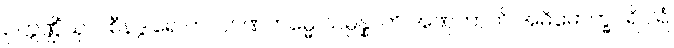
ဥက္ကဏ္ဌိံသု ပါစီနဒွါရေ ကလျာဏကမ္မေ သမ္ပန္နာတိ အဏုကာတိ အဓိမောက္ခပရိဝါရံ